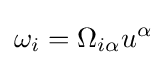
\omega _{i}=\Omega _{i\alpha }u^{\alpha }